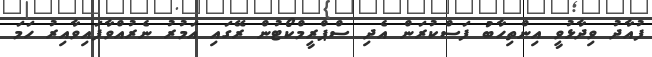
ފުއާދު ވިދާޅުވީ އިންތިހާބު ފަސްކުރަން އެދި ސްޕްރީމްކޯޓުން ރޭގައި އަމުރު ނެރުއްވާފައިވާއިރު ހަމަ